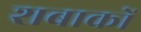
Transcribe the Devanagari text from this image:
शबाकों